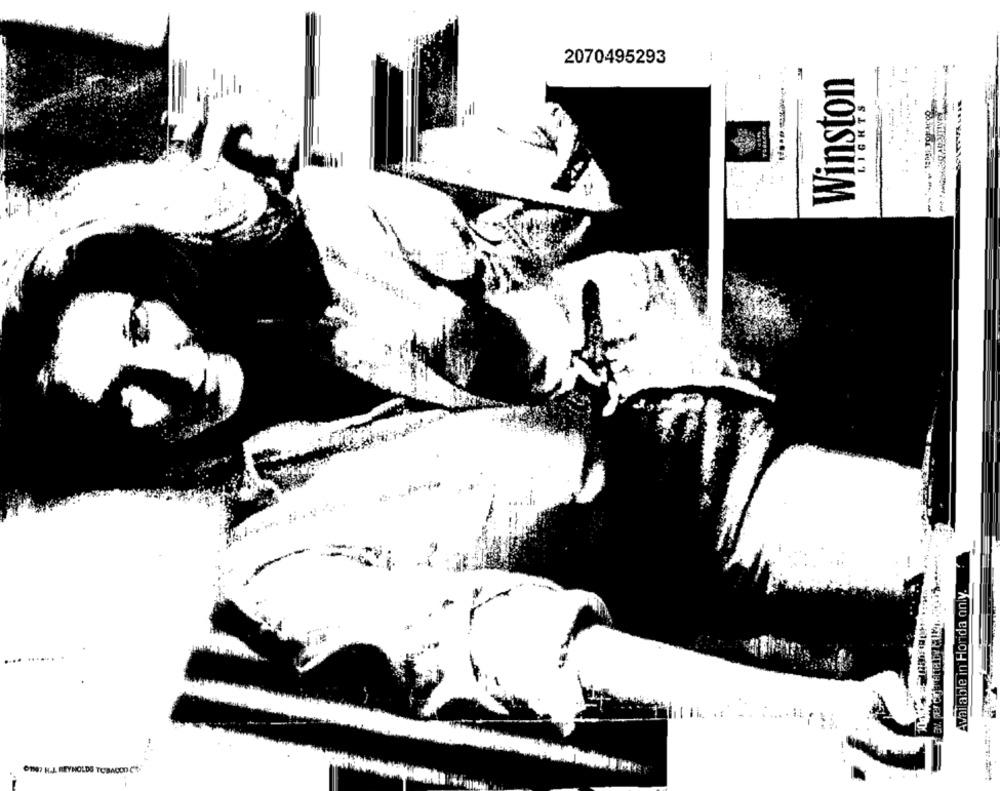
2070495293
Winston
LIGHTS
. ......
1
Available in Florida only.
6187 H.J. REYNOLDS TOBACOD CO